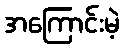
အကြောင်းမဲ့